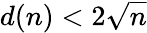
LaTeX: d(n)<2{\sqrt{n}}